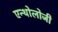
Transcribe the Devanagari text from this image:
एन्थोलोजी